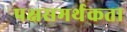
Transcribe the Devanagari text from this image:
पक्षसमर्थकता